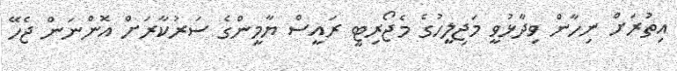
އިތުރަށް ނިހާން ވިދާޅުވީ މަޖިލީހުގެ މެޖޯރިޓީ ރައީސް ޔާމީންގެ ސަރުކާރަށް އޮންނަން ޖެހޭ